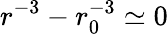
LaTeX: r^{-3}-r_{0}^{-3}\simeq 0